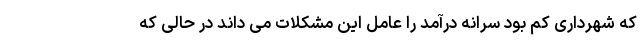
که شهرداری کم بود سرانه درآمد را عامل این مشکلات می داند در حالی که